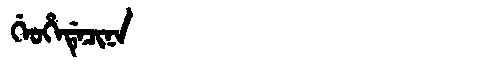
Manchu: ᡤᡝᠣᡥᡝᡩᡝᠴᡳᠨᠠ
Romanization: GEOHEDECINA